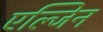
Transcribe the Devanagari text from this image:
एल्जिन